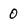
Character: 0